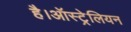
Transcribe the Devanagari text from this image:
है।ऑस्ट्रेलियन